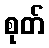
စုတ်